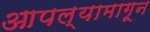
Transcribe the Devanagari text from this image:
आपल्यामागून